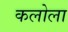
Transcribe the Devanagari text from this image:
कलोला